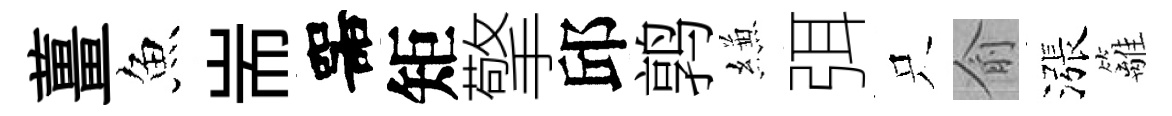
薑魚耑噐矩擎邱鹑縑弭只俞漲籬